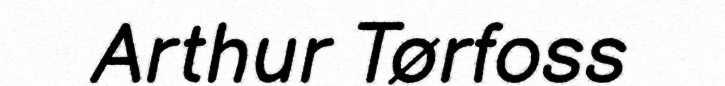
Arthur Tørfoss